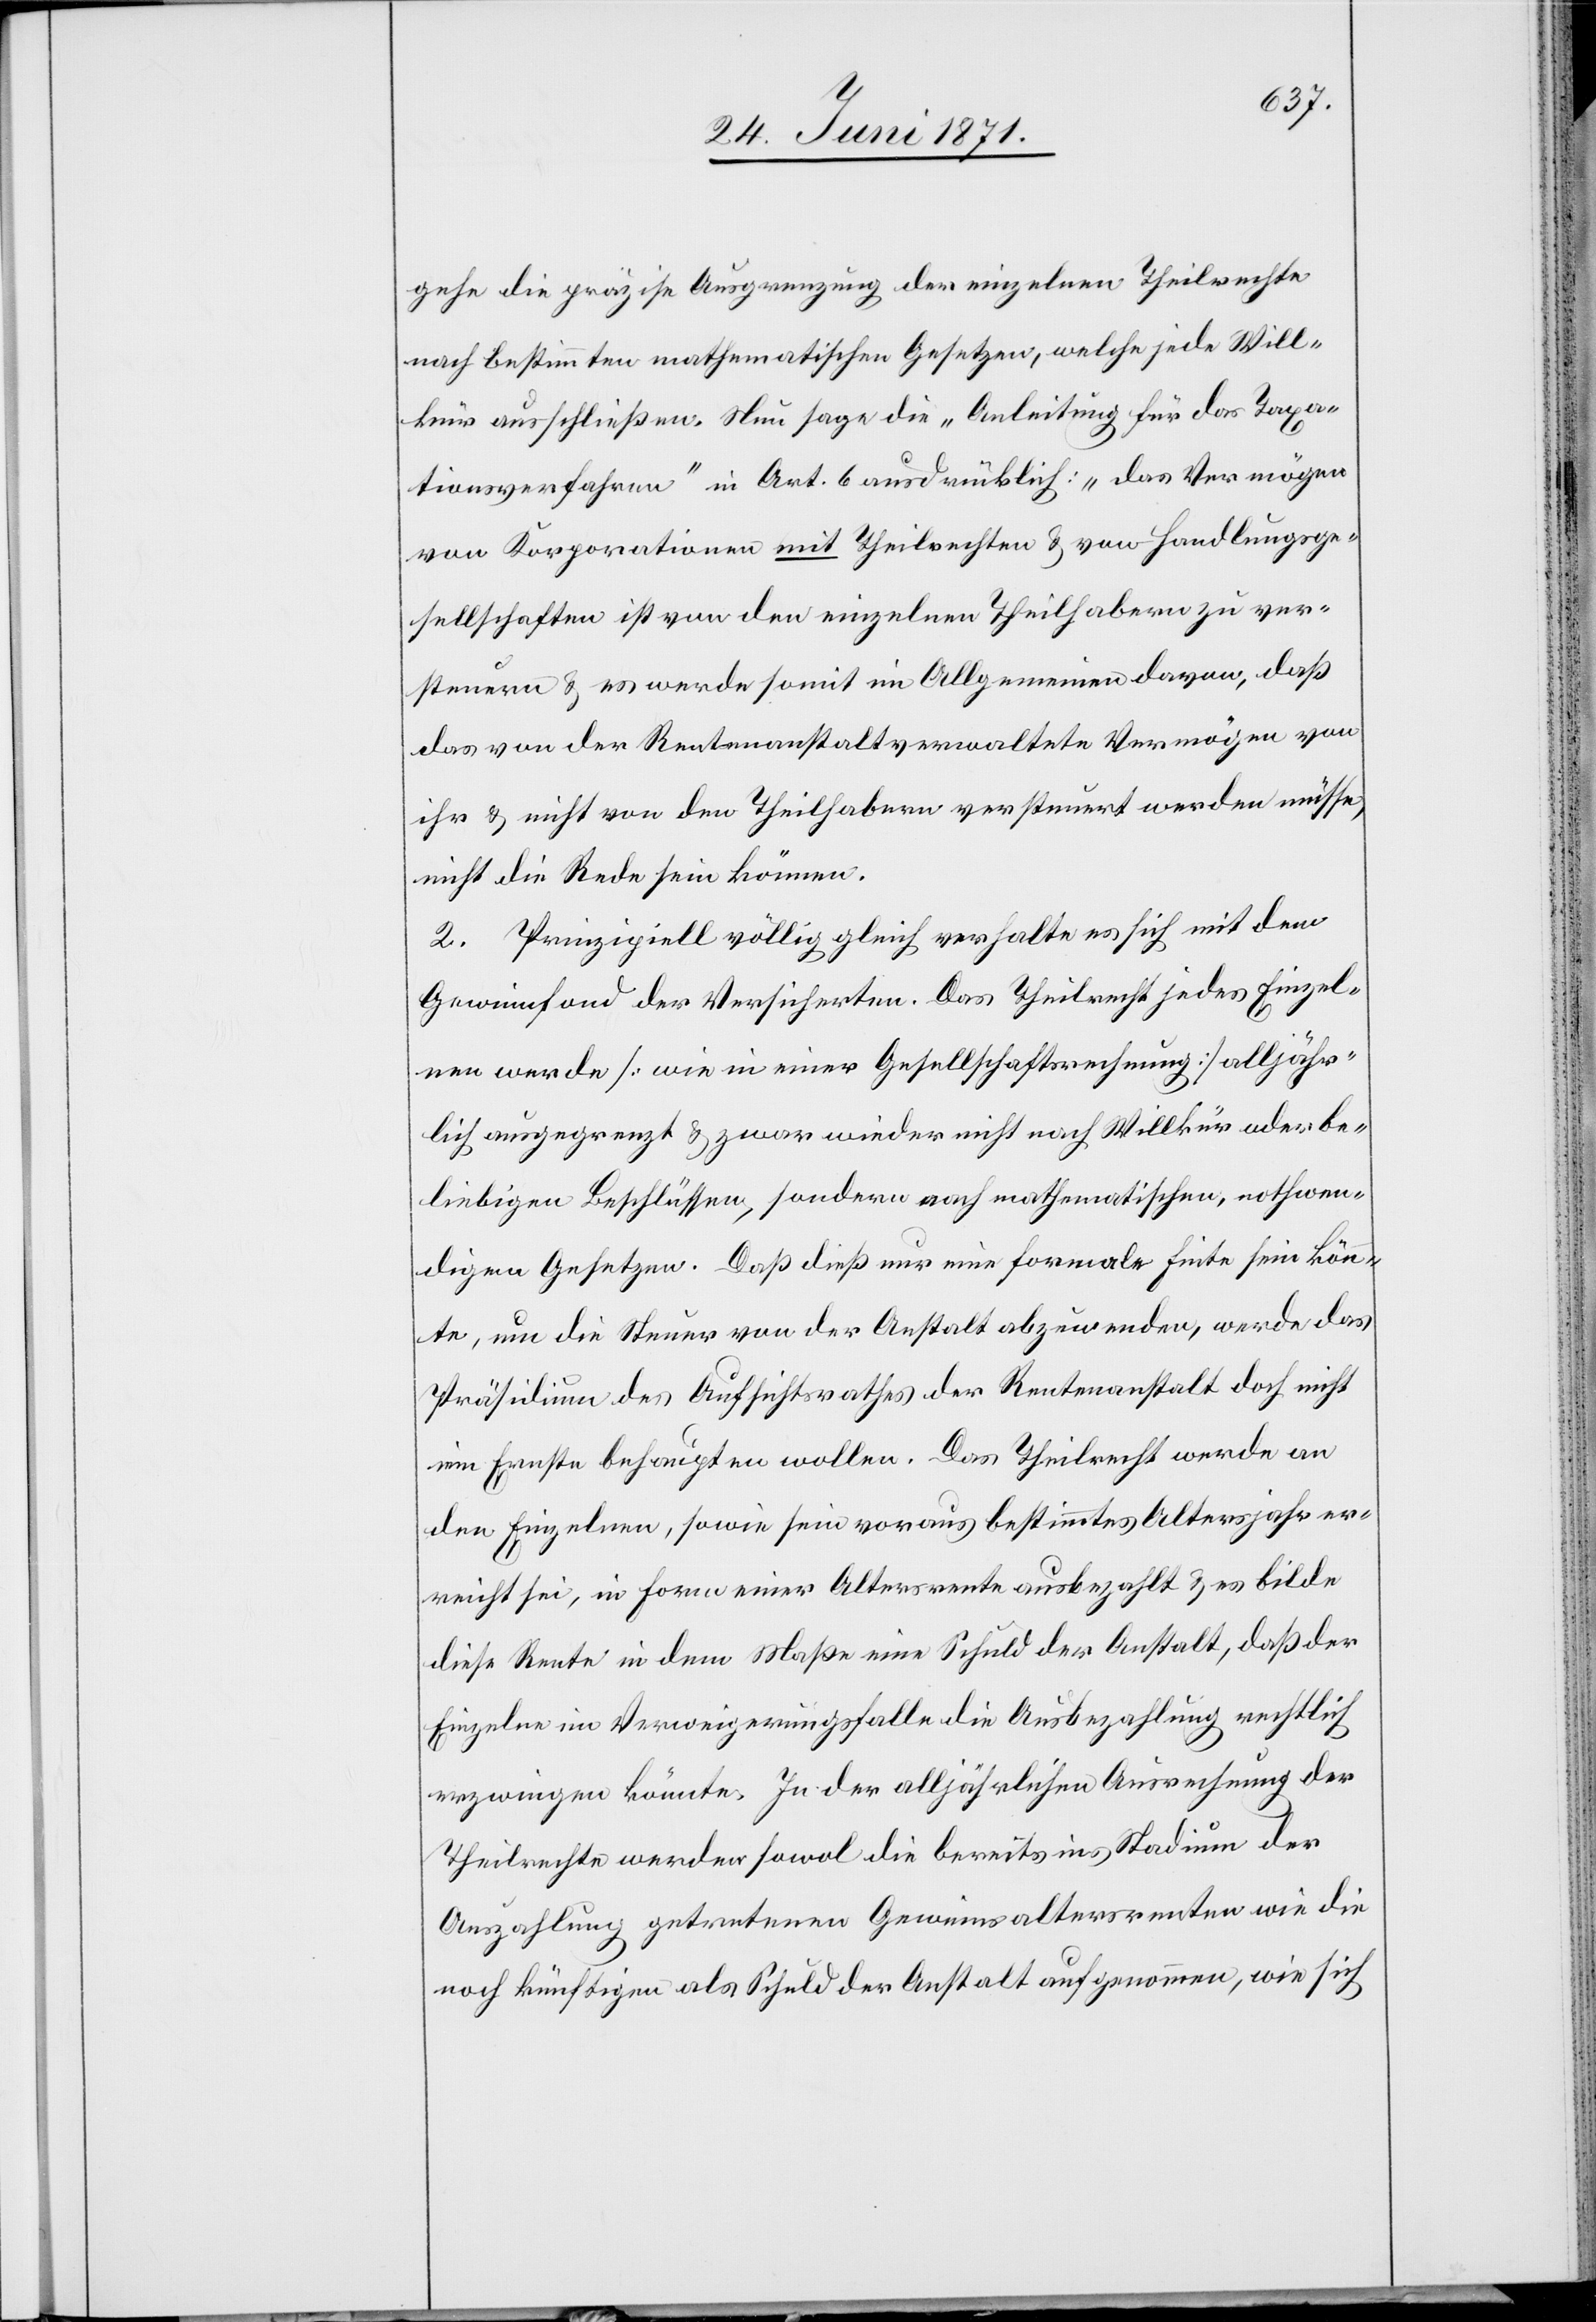
gehe die präzise Ausgrenzung der einzelnen Theilrechte
nach bestimmten mathematischen Gesetzen, welche jede Will¬
kür ausschließen. Neu sage die „Anleitung für das Taxa¬
tionsverfahren“ in Art. 6 ausdrücklich: „das Vermögen
von Korporationen mit Theilrechten u. von Handlungsge¬
sellschaften ist von den einzelnen Theilhabern zu ver¬
steuern u. es werde somit im Allgemeinen davon, daß
das von der Rentenanstalt verwaltete Vermögen von
ihr u. nicht von den Theilhabern versteuert werden müsse,
nicht die Rede sein können.
2. Prinzipiell völlig gleich verhalte es sich mit dem
Gewinnfond der Versicherten. Das Theilrecht jedes Einzel¬
nen werde [wie in einer Gesellschaftsrechnung] alljähr¬
lich ausgegrenzt u. zwar wieder nicht nach Willkür oder be¬
liebigen Beschlüssen, sondern nach mathematischen, nothwen¬
digen Gesetzen. Daß dieß nur eine formale Finte sein könn¬
te, um die Steuer von der Anstalt abzuwenden, werde das
Präsidium des Aufsichtsrathes der Rentenanstalt doch nicht
im Ernste behaupten wollen. Das Theilrecht werde an
den Einzelnen, sowie sein voraus bestimmtes Altersjahr er¬
reicht sei, in Form einer Altersrente ausbezahlt u. es bilde
diese Rente in dem Maße eine Schuld der Anstalt, daß der
Einzelne im Verweigerungsfalle die Ausbezahlung rechtlich
erzwingen könnte. In der alljährlichen Ausrechnung der
Theilrechte werden sowol die bereits ins Stadium der
Auszahlung getretenen Gewinnsaltersrenten wie die
noch künftigen als Schuld der Anstalt aufgenommen, wie sich